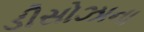
ડીસોઝાના